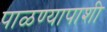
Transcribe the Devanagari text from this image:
पाळण्यापाशी